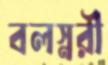
বলস্নরী